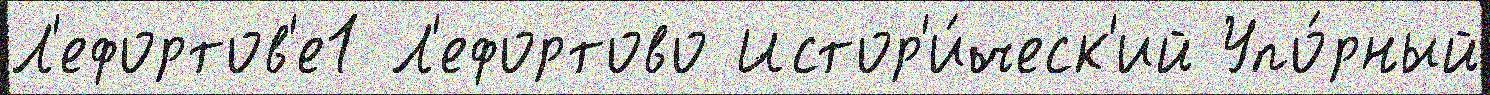
Л'ефортов'е1 Л'ефортово Истор'и́ческ'ий Упо́рный